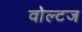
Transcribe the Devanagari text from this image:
वोल्टज